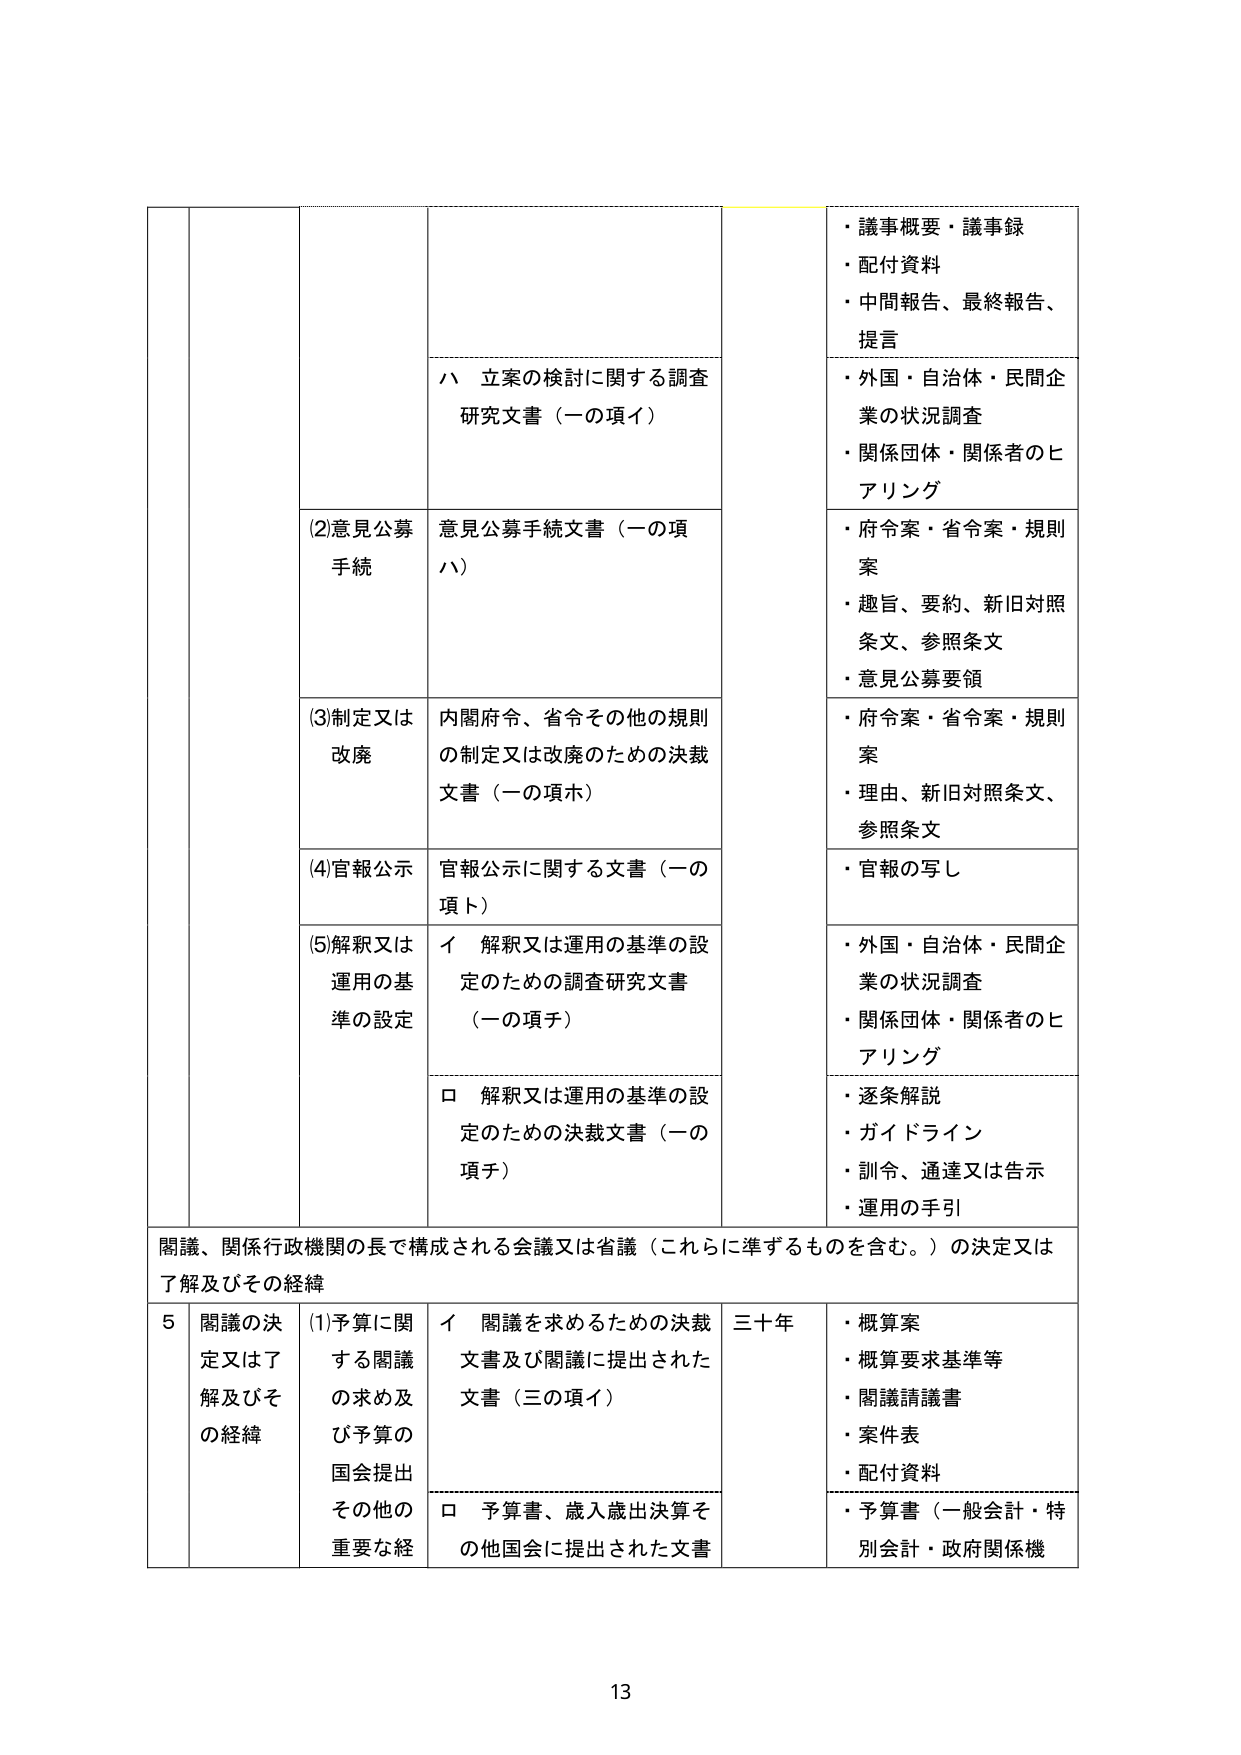
・議事概要・議事録
・配付資料
・中間報告、最終報告、提言
ハ 立案の検討に関する調査研究文書（一の項イ）
・外国・自治体・民間企業の状況調査
・関係団体・関係者のヒアリング
(2)意見公募手続
意見公募手続文書（一の項ハ）
・府令案・省令案・規則案
・趣旨、要約、新旧対照条文、参照条文
・意見公募要領
(3)制定又は改廃
内閣府令、省令その他の規則の制定又は改廃のための決裁文書（一の項ホ）
・府令案・省令案・規則案
・理由、新旧対照条文、参照条文
(4)官報公示
官報公示に関する文書（一の項ト）
・官報の写し
(5)解釈又は運用の基準の設定
イ 解釈又は運用の基準の設定のための調査研究文書（一の項チ）
・外国・自治体・民間企業の状況調査
・関係団体・関係者のヒアリング
ロ 解釈又は運用の基準の設定のための決裁文書（一の項チ）
・逐条解説
・ガイドライン
・訓令、通達又は告示
・運用の手引
閣議、関係行政機関の長で構成される会議又は省議（これらに準ずるものを含む。）の決定又は了解及びその経緯
5 閣議の決定又は了解及びその経緯
(1)予算に関する閣議の求め及び予算の国会提出その他の重要な経
イ 閣議を求めるための決裁文書及び閣議に提出された文書（三の項イ）
三十年
・概算案
・概算要求基準等
・閣議請議書
・案件表
・配付資料
ロ 予算書、歳入歳出決算その他国会に提出された文書
・予算書（一般会計・特別会計・政府関係機
13